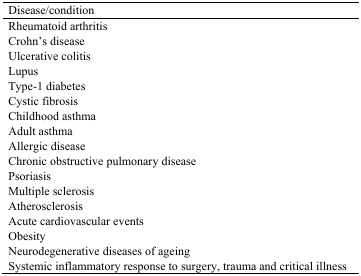
| Disease/condition |
 | --- |
 | Rheumatoid arthritis |
 | Crohn’s disease |
 | Ulcerative colitis |
 | Lupus |
 | Type-1 diabetes |
 | Cystic fibrosis |
 | Childhood asthma |
 | Adult asthma |
 | Allergic disease |
 | Chronic obstructive pulmonary disease |
 | Psoriasis |
 | Multiple sclerosis |
 | Atherosclerosis |
 | Acute cardiovascular events |
 | Obesity |
 | Neurodegenerative diseases of ageing |
 | Systemic inflammatory response to surgery, trauma and critical illness |